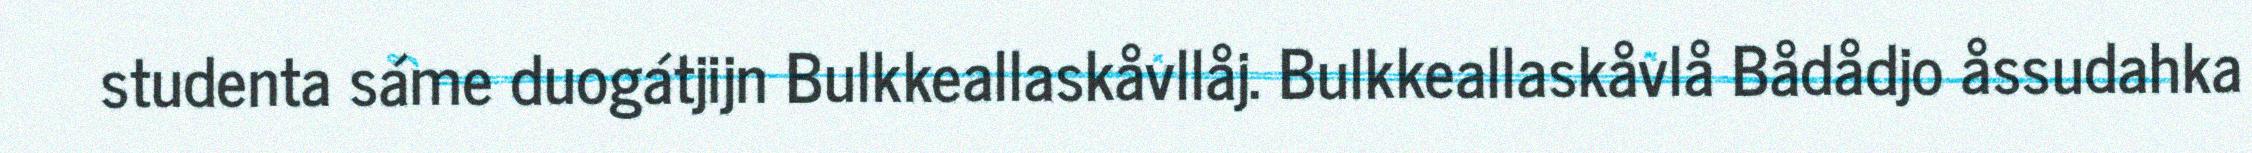
studenta sáme duogátjijn Bulkkeallaskåvllåj. Bulkkeallaskåvlå Bådådjo åssudahka